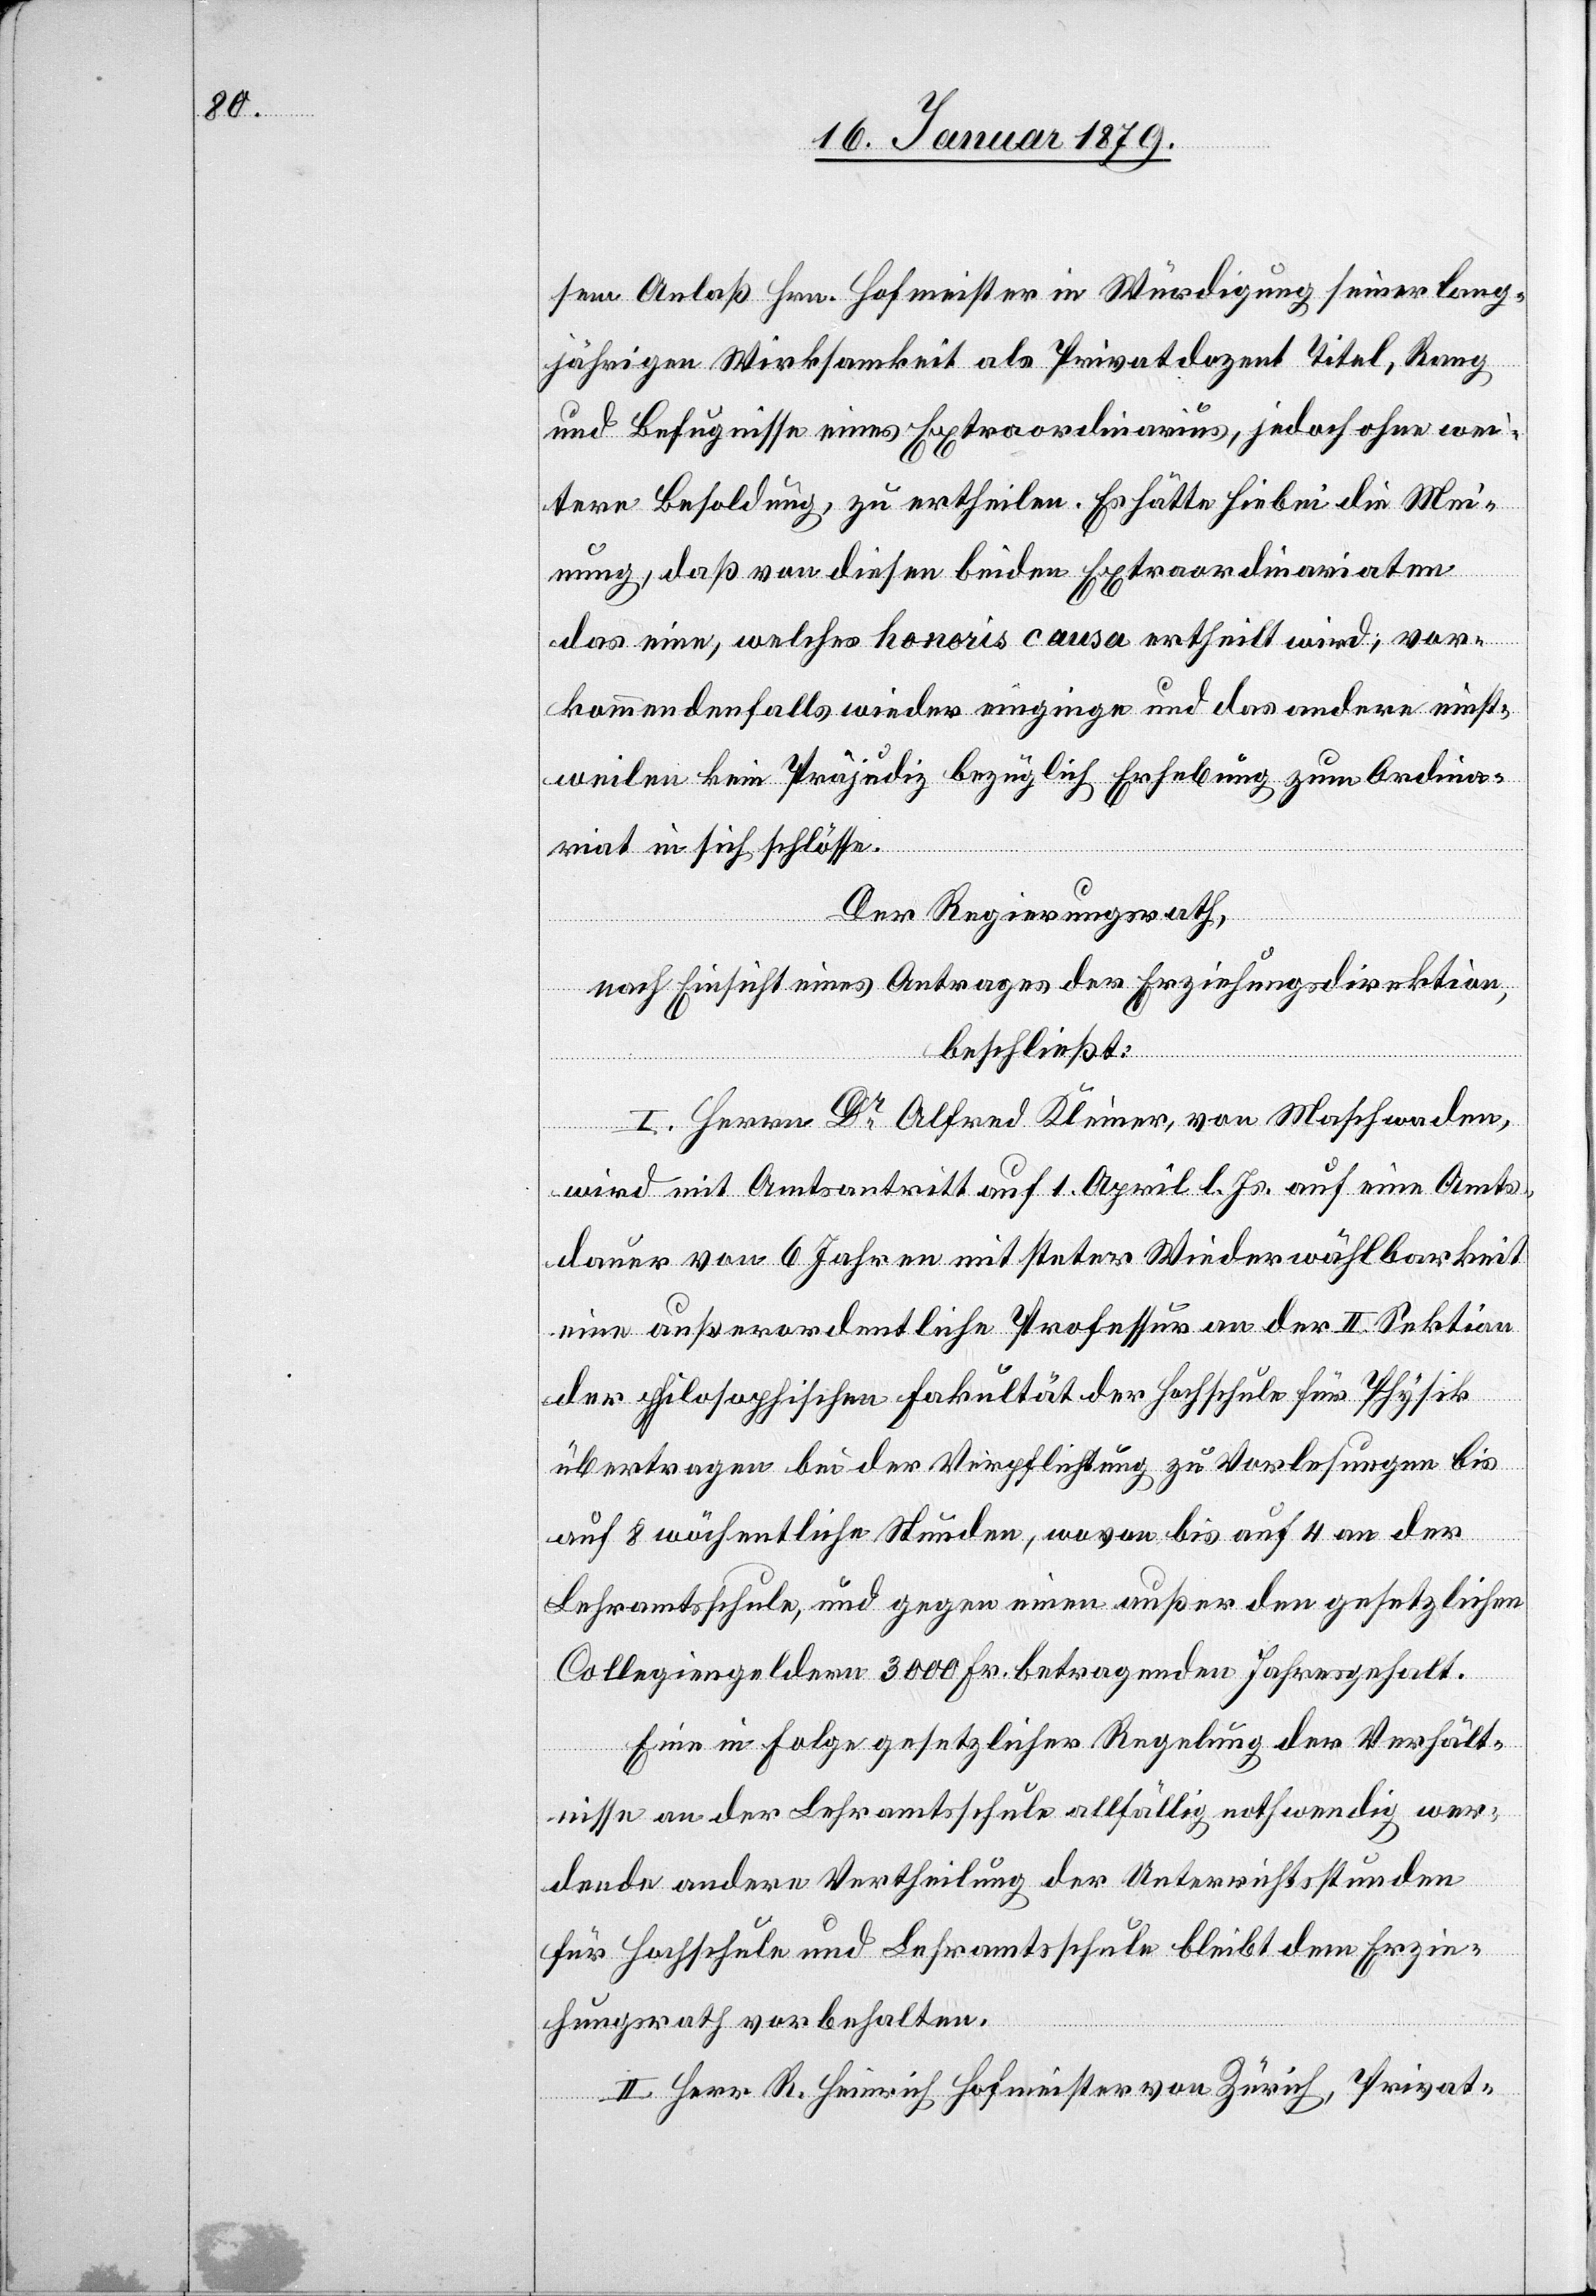
sem Anlaß Hrn. Hofmeister in Würdigung seiner lang¬
jährigen Wirksamkeit als Privatdozent Titel, Rang
und Befugnisse eines Extraordinarius, jedoch ohne wei¬
tere Besoldung, zu ertheilen. Es hätte hiebei die Mei¬
nung, daß von diesen beiden Extraordinariaten
das eine, welches honoris causa ertheilt wird, vor¬
kommendenfalls wieder einginge und das andere einst¬
weilen kein Präjudiz bezüglich Erhebung zum Ordina¬
riat in sich schlösse.
Der Regierungsrath,
nach Einsicht eines Antrages der Erziehungsdirektion,
beschließt:
I. Herrn Dr Alfred Kleiner, von Maschwanden,
wird mit Amtsantritt auf 1. April l. Js. auf eine Amts¬
dauer von 6 Jahren mit steter Wiederwählbarkeit
eine außerordentliche Professur an der II. Sektion
der philosophischen Fakultät der Hochschule für Physik
übertragen bei der Verpflichtung zu Vorlesungen bis
auf 8 wöchentliche Stunden, wovon bis auf 4 an der
Lehramtsschule, und gegen einen außer den gesetzlichen
Collegiengeldern 3000 Fr. betragenden Jahresgehalt.
Eine in Folge gesetzlicher Regelung der Verhält¬
nisse an der Lehramtsschule allfällig nothwendig wer¬
dende andere Vertheilung der Unterrichtsstunden
für Hochschule und Lehramtsschule bleibt dem Erzie¬
hungsrath vorbehalten.
II. Herr R. Heinrich Hofmeister von Zürich, Privat-